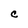
Character: C